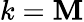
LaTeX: k=\mathbf{M}